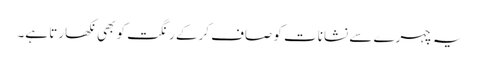
یہ چہرے سے نشانات کو صاف کرکے رنگت کو بھی نکھارتا ہے۔